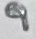
Text: 9